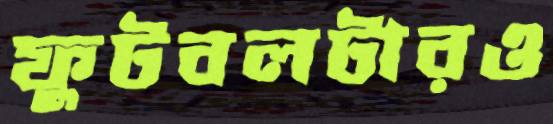
ফুটবলটারও